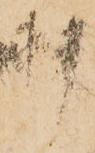
押